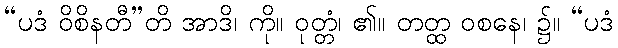
“ပဒံ ဝိစိနတီ”တိ အာဒိ၊ ကို။ ဝုတ္တံ၊ ၏။ တတ္ထ ဝစနေ၊ ၌။ “ပဒံ